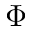
\Phi